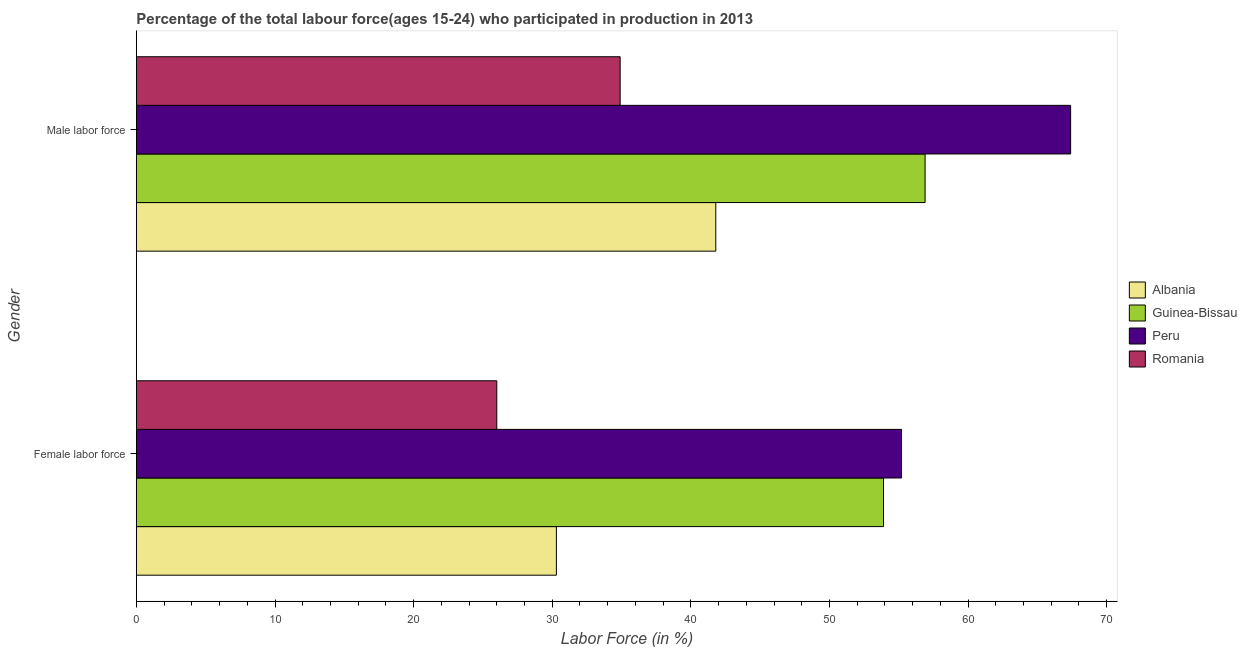
| Gender | Albania | Guinea-Bissau | Peru | Romania |
 | --- | --- | --- | --- | --- |
 | Female labor force | 30.3 | 53.9 | 55.2 | 26 |
 | Male labor force | 41.8 | 56.9 | 67.4 | 34.9 |